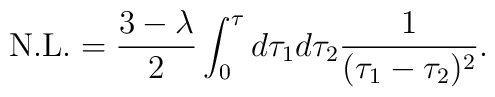
{\rm N.L.} = \frac{3-\lambda}{2} \int_0^\tau d\tau_1 d\tau_2\frac{1}{(\tau_1-\tau_2)^2}.